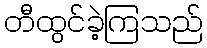
တီထွင်ခဲ့ကြသည်